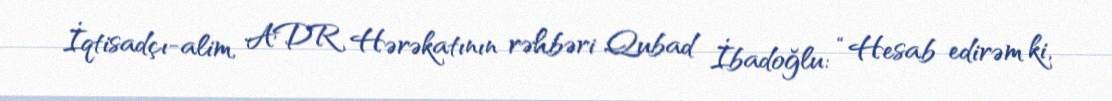
İqtisadçı-alim, ADR Hərəkatının rəhbəri Qubad İbadoğlu: “Hesab edirəm ki,